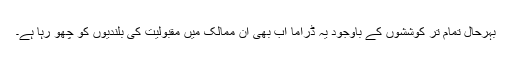
بہرحال تمام تر کوششوں کے باوجود یہ ڈراما اب بھی ان ممالک میں مقبولیت کی بلندیوں کو چھو رہا ہے۔